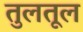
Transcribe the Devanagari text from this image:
तुलतूल